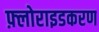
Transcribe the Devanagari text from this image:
फ़्लोराइडकरण